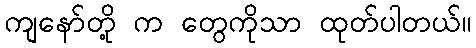
ကျနော်တို့ က တွေကိုသာ ထုတ်ပါတယ်။